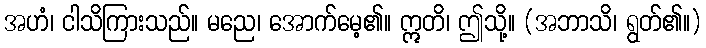
အဟံ၊ ငါသိကြားသည်။ မညေ၊ အောက်မေ့၏။ ဣတိ၊ ဤသို့။ (အဘာသိ၊ ရွတ်၏။)